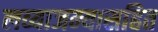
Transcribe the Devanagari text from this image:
लव्याजम्यासहित